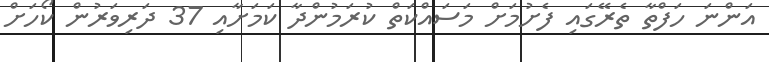
އަންނަ ހަފްތާ ތެރޭގައި ފެށުމަށް މަސައްކަތް ކުރަމުންދާ ކަމަށާއި 37 ދަރިވަރުން ކޯހަށް